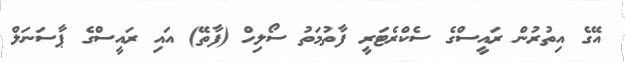
އޭގެ އިތުރުން ރައީސްގެ ސެކްރެޓަރީ ފާތުމަތު ސޯލިހް (ފާތޭ) އައި ރައީސްގެ ޕާސަނަލް